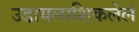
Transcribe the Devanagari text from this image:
उडायलाशिकलेलं